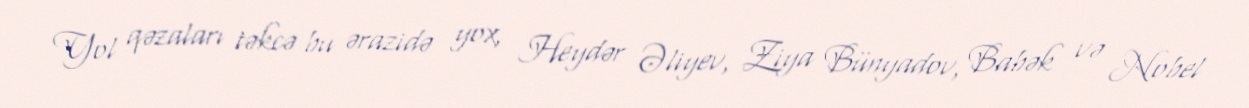
Yol qəzaları təkcə bu ərazidə yox, Heydər Əliyev, Ziya Bünyadov, Babək və Nobel